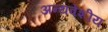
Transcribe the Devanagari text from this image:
अन्यवेशीय